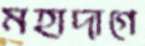
মহাদাগে